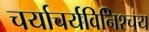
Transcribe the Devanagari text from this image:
चर्याचर्यविनिश्चय